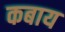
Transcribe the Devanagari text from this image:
कबाय